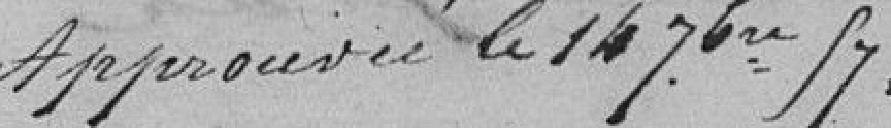
Approuvé le 14 Nbre 87 .